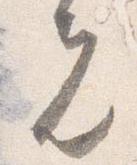
先